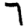
Digit: 7